Vaccine operations Central Provinces & Berar 1912-1920 - 1912-1920
Year: 1912
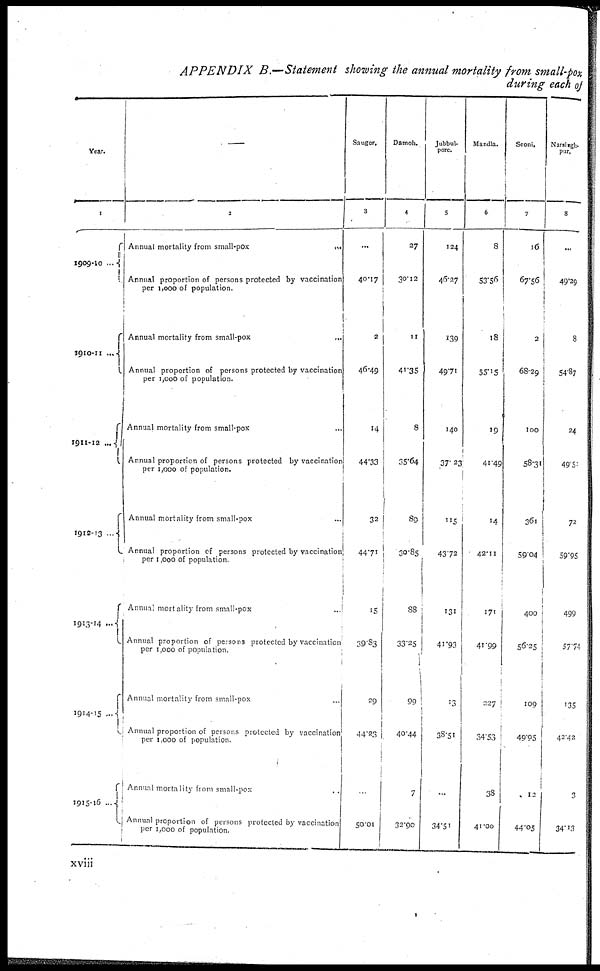
APPENDIX B.—Statement showing the annual mortality from small-pox
during each of
Year.
1
1909-10 ...
1910-11...
1911-12 ...
1912-13 ...
1913-14...
1914-15...
1915-16....
—
2
Annual mortality from
small-pox...
Annual proportion of persons protected by vaccination
per 1,000 of population.
Annual mortality from small-pox...
Annual proportion of persons protected by vaccination
per 1,000 of population.
Annual mortality from small-pox...
Annual proportion of persons protected by vaccination
per 1,000 of population.
Annual mortality from small-pox...
Annual proportion of persons protected by vaccination
per 1,000 of population.
Annual mortality from small-pox...
Annual proportion of persons protected by vaccination
per 1,000 of population.
Annual mortality from small-pox...
Annual proportion of persons protected by vaccination
per 1,000 of population.
Annual mortality from small-pox...
Annual proportion of persons protected by vaccination
per 1,000 of population.
Saugor.
3
...
40.17
2
46.49
14
44.33
32
44.71
15
39.83
29
44.23
...
50.01
Damoh.
4
27
30.12
11
41.35
8
35.64
115
30.85
88
33.25
99
40.44
7
32.90
Jubbul-
pore.
5
124
46.27
139
49.71
140
37.23
115
43.72
131
41.93
13
38.51
...
34.51
Mandla.
6
8
53.56
18
55.15
19
41.49
14
42.11
171
41.99
227
34.53
38
41.00
Seoni.
7
16
67.56
2
68.29
100
58.31
361
59.04
400
56.25
109
49.95
12
44.05
Narsingh-
pur.
8
...
49.29
8
54.87
24
49.51
72
59.95
499
57.74
135
42.42
13
34.13
xviii